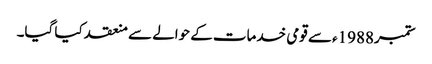
ستمبر1988ء سے قومی خدمات کے حوالے سے منعقد کیا گیا۔